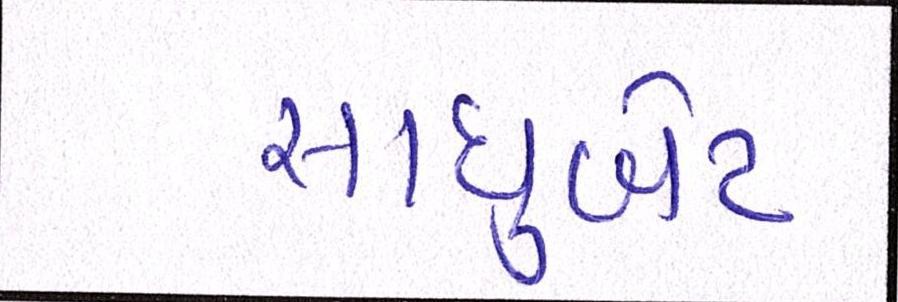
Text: સાધુબેટ